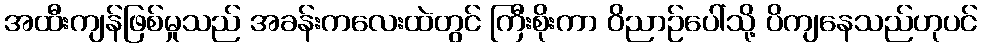
အထီးကျန်ဖြစ်မှုသည် အခန်းကလေးထဲတွင် ကြီးစိုးကာ ဝိညာဉ်ပေါ်သို့ ပိကျနေသည်ဟုပင်